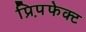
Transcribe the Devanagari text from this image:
प्रिप़फेक्ट